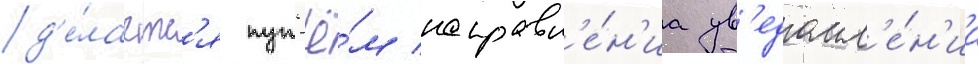
д'е́лаетс'я пут'ё́м направл'е́н'иа ув'едомл'е́н'иа